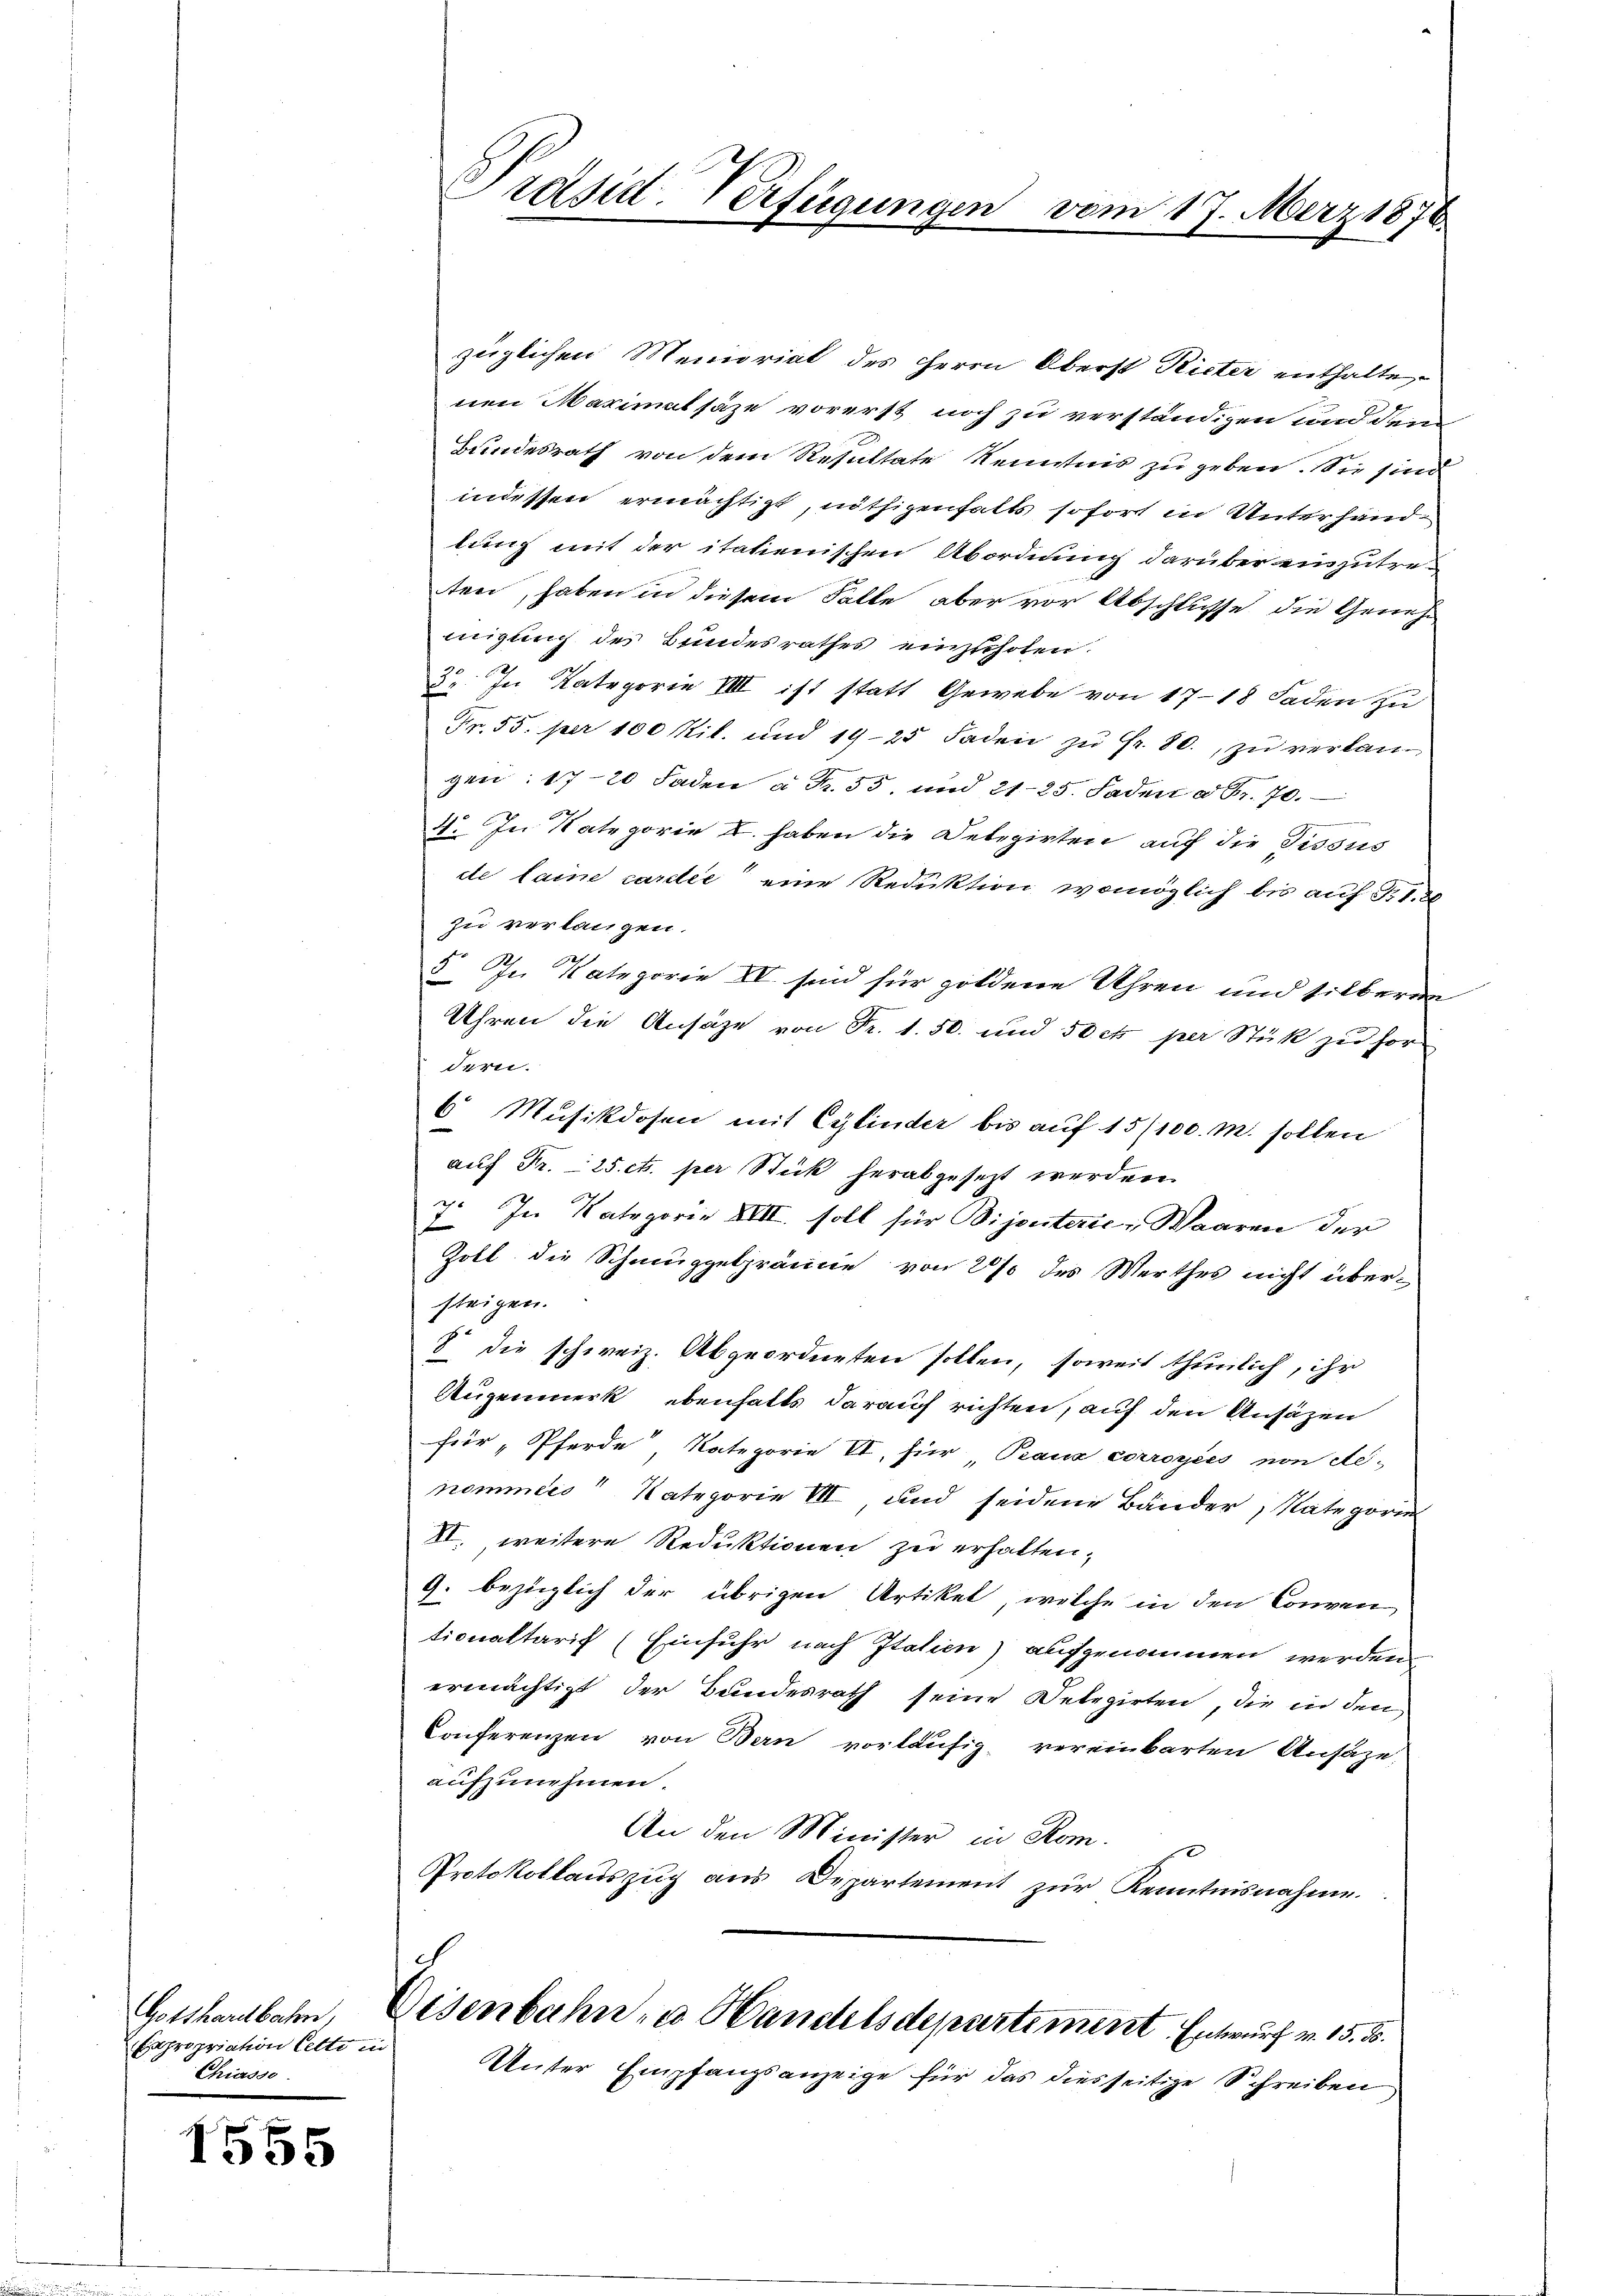
Capropriation Cette in
Chiersso

1555

Präsid. Verfügungen vom 17. März 1876.

züglichen Meniorial des Herrn Oberst Rieter enthalte
nen Maximatsäze vorerst noch zu verständigen und dem
Bundesrath von dem Resultate Kenntnis zu geben. Sie sind
indessen ermächtigt, nöthigenhalts sofort in Unterhandlung mit der italienischen Abordnung darüber einzutreten, haben in diesem Falle aber vor Abschlusse die Genehmigung des Bundesrathes einzuholen.
39. In Kategorie VIII ist statt Gewebe von 1718 Faden zu
Fr. 55. per 100 Kil. und 1925 Faden zŭ Fr. 80. zŭ verlangen: 1720 Faden à Fr. 55. und 21-25. Faden a. Gr. 70.
4. In Nategorie u. haben die Delegirten auf die Tissus
de laine cardee eine Reduktion womöglich bis auf 1. 20
zu verlangen.
5. In Kategorie IV sind für goldene Uhren und silberen
Uhren die Ansätze von Fr. 1. 50. und 50 ct per Stük zu for
dern.
6 Musikdosen mit Cylinder bis auf 15/100. m. sollen
auf Fr. 25 cts. per Stick herabgesezt werden.
7. In Kategorie XIII. soll für Bijouterić, Waaren der
Zoll die Schmuggelprämie von 2 % des Werthes nicht übersteigen.
8 die schweiz. Abgeordneten sollen, soweit thunlich, ihr
Augenmerk ebenhalts darauf richten, auf den Ansäzen
für Pferde, Kategorie VI, für Paux corroyies von Aenommers Kategorie VII, und seidene Bänder, Nategori
VI. weitere Reduktionen zu erhalten,
9. bezüglich der übrigen Artikel, welche in den Conven
tionaltarif (Einfuhr nach Italien) aufgenommen werden.
ermächtigt der Bundesrath seine Delegirten, die in den
Conferenzen von Bau vorläufig vereinbarten Ansäze,
aufzunehmen.
An den Minister in Rom.
Protokollauszug aus Departement zur Kenntnisnahme.
Gotthardbahn, Eisenbahn- u. Handelsdepartement. Entwurf v. 15. 55.
Unter Empfangsanzeige für das diesseitige Schreiben